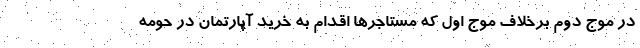
در موج دوم برخلاف موج اول که مستاجرها اقدام به خرید آپارتمان در حومه